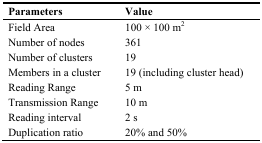
| Parameters | Value |
 | --- | --- |
 | Field Area | 100 × 100 m2 |
 | Number of nodes | 361 |
 | Number of clusters | 19 |
 | Members in a cluster | 19 (including cluster head) |
 | Reading Range | 5 m |
 | Transmission Range | 10 m |
 | Reading interval | 2 s |
 | Duplication ratio | 20% and 50% |